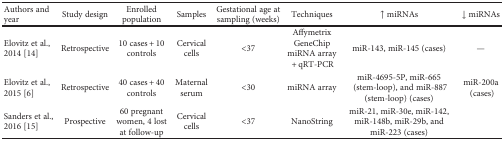
<table><thead><tr><td><b>Authors and year</b></td><td><b>Study design</b></td><td><b>Enrolled population</b></td><td><b>Samples</b></td><td><b>Gestational age at sampling (weeks)</b></td><td><b>Techniques</b></td><td><b>↑ miRNAs</b></td><td><b>↓ miRNAs</b></td></tr></thead><tbody><tr><td>Elovitz et al., 2014 [14]</td><td>Retrospective</td><td>10 cases + 10 controls</td><td>Cervical cells</td><td>&lt;37</td><td>Affymetrix GeneChip miRNA array + qRT-PCR</td><td>miR-143, miR-145 (cases)</td><td>—</td></tr><tr><td>Elovitz et al., 2015 [6]</td><td>Retrospective</td><td>40 cases + 40 controls</td><td>Maternal serum</td><td>&lt;30</td><td>miRNA array</td><td>miR-4695-5P, miR-665 (stem-loop), and miR-887 (stem-loop) (cases)</td><td>miR-200a (cases)</td></tr><tr><td>Sanders et al., 2016 [15]</td><td>Prospective</td><td>60 pregnant women, 4 lost at follow-up</td><td>Cervical cells</td><td>&lt;37</td><td>NanoString</td><td>miR-21, miR-30e, miR-142, miR-148b, miR-29b, and miR-223 (cases)</td><td></td></tr></tbody></table>